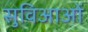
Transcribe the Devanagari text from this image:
सुविआओं